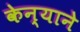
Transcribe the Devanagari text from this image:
केन्याने